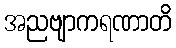
အညဗျာကရဏာတိ